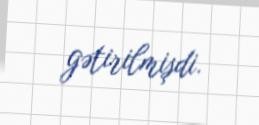
gətirilmişdi.